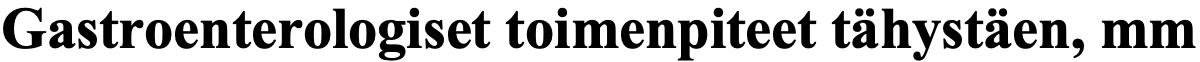
Gastroenterologiset toimenpiteet tähystäen, mm